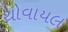
થોવાયલ